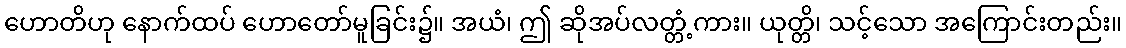
ဟောတိဟု နောက်ထပ် ဟောတော်မူခြင်း၌။ အယံ၊ ဤ ဆိုအပ်လတ္တံ့ကား။ ယုတ္တိ၊ သင့်သော အကြောင်းတည်း။